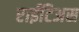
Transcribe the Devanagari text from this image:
राईटिअस